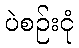
ပဲစဉ်းငုံ